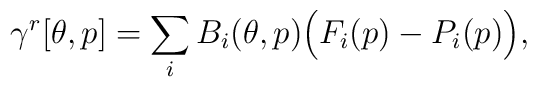
\gamma^r[\theta,p] = \sum\limits_i B_i(\theta,p) \Big(F_i(p)-P_i(p)\Big),